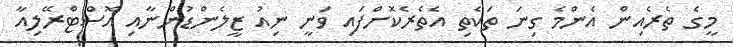
މީގެ ތެރެއިން އެންމެ ގިނަ ތަކެތި އެތެރެކޮށްފައި ވަނީ ނިއު ޒީލެންޑުންނާއި އޮސްޓްރޭލިއާ